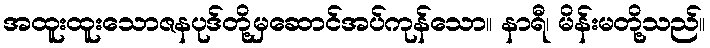
အထူးထူးသောဇနပုဒ်တို့မှဆောင်အပ်ကုန်သော။ နာရီ၊ မိန်းမတို့သည်။